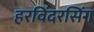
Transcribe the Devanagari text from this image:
हरविंदरसिंग